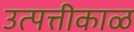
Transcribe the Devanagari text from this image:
उत्पत्तीकाळ